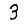
Digit: 3